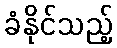
ခံနိုင်သည့်